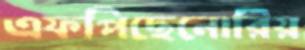
এফপিছেনোরিয়